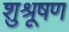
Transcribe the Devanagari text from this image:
शुश्रूषण